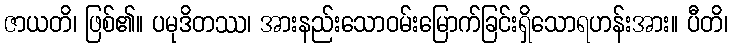
ဇာယတိ၊ ဖြစ်၏။ ပမုဒိတဿ၊ အားနည်းသောဝမ်းမြောက်ခြင်းရှိသောရဟန်းအား။ ပီတိ၊